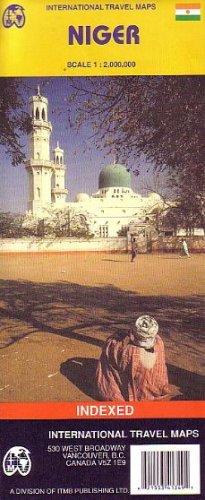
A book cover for Niger 1:2,000,000 Travel Map (International Travel Maps); ITM Canada; Travel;